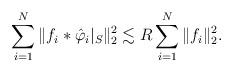
LaTeX: \begin{align*} \sum_{i=1}^{N} \| f_i \ast \hat \varphi_i |_{S}\|_2^2 \lesssim R \sum_{i=1}^{N} \|f_i\|_2^2.\end{align*}